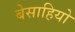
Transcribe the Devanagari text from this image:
बेसाहियो